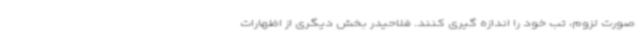
صورت لزوم، تب خود را اندازه گیری کنند. فلاحیدر بخش دیگری از اظهارات